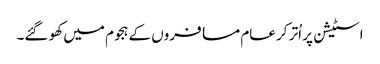
اسٹیشن پر اُتر کر عام مسافروں کے ہجوم میں کھو گئے۔